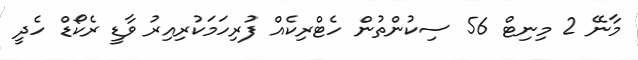
މާނޭ 2 މިނިޓް 56 ސިކުންތުން ހެޓްރިކެއް ފުރިހަމަކުރިއިރު ވާޑީ ރެކޯޑް ހެދީ